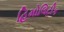
હિમોલિટીક